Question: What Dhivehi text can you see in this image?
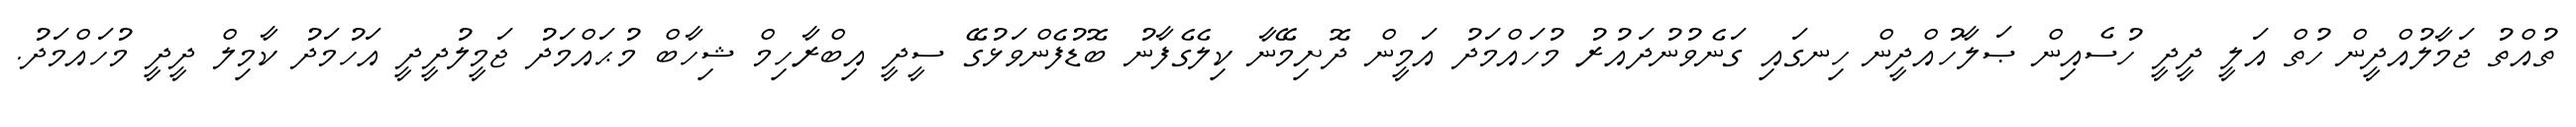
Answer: ތުއްތު ޖަމާލުއްދީން ހުތް އަލީ ދީދީ ހުސެއިން ޞަލާހުއްދީން ހިނގައި ގަނެވުނުދައުރު މުހައްމަދު އަމީން ދޮށިމޭނާ ކިލެގެފާނު ބޮޑުފެންވަޅުގޭ ސީދީ އިބްރާހިމް ޝިހާބް މުޙައްމަދު ޖަމީލުދީދީ އަހުމަދު ކާމިލް ދީދީ މުހައްމަދު.